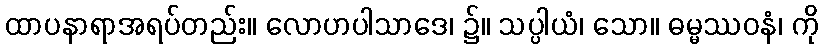
ထာပနာရာအရပ်တည်း။ လောဟပါသာဒေ၊ ၌။ သပ္ပါယံ၊ သော။ ဓမ္မဿဝနံ၊ ကို